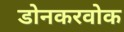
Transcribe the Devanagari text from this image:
डोनकरवोक